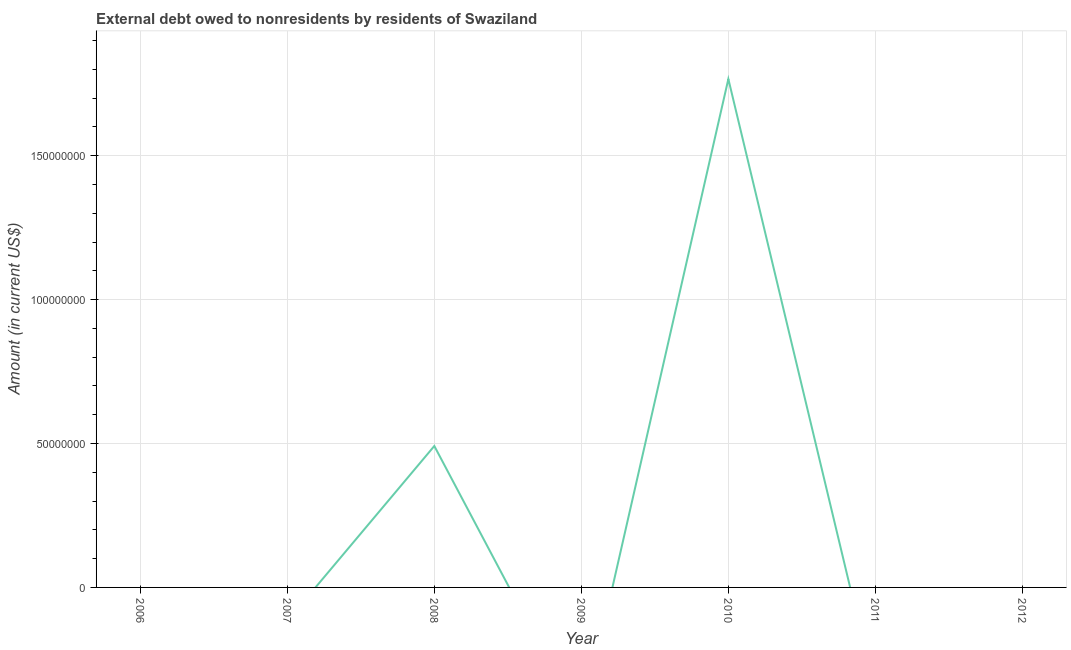
| Year | Debt |
 | --- | --- |
 | 2006 | -2.29e+07 |
 | 2007 | -1.17e+07 |
 | 2008 | 4.91e+07 |
 | 2009 | -4.74e+07 |
 | 2010 | 1.77e+08 |
 | 2011 | -3.66e+07 |
 | 2012 | -1.58e+08 |